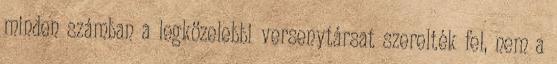
minden számban a legközelebbi versenytársat szerelték fel, nem a